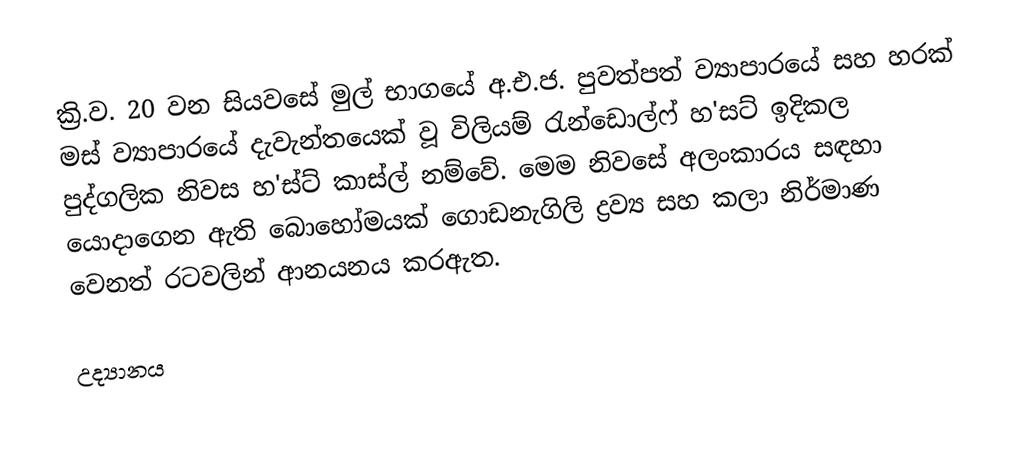
ක්‍රි.ව. 20 වන සියවසේ මුල් භාගයේ අ.එ.ජ. පුවත්පත් ව්‍යාපාරයේ සහ හරක් මස් ව්‍යාපාරයේ දැවැන්තයෙක් වූ විලියම් රැන්ඩොල්ෆ් හ'සට් ඉදිකල පුද්ගලික නිවස හ'ස්ට් කාස්ල් නම්වේ. මෙම නිවසේ අලංකාරය සඳහා යොදාගෙන ඇති බොහෝමයක් ගොඩනැගිලි ද්‍රව්‍ය සහ කලා නිර්මාණ වෙනත් රටවලින් ආනයනය කරඇත.

උද්‍යානය